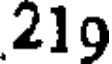
219